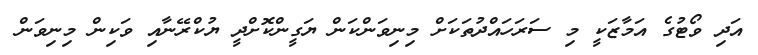
އަދި ވޯޓުގެ އަމާޒަކީ މި ސަރަހައްދުތަކަަށް މިނިވަންކަން ޔަގީންކޮށްދީ ޔުކްރޭނާއި ވަކިން މިނިވަން